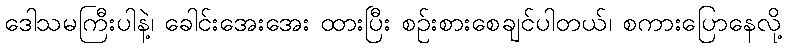
ဒေါသမကြီးပါနဲ့၊ ခေါင်းအေးအေး ထားပြီး စဉ်းစားစေချင်ပါတယ်၊ စကားပြောနေလို့